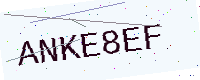
Text: ANKE8EF